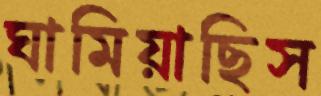
ঘামিয়াছিস